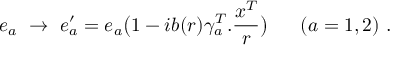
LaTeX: e _ { a } \ \rightarrow \ e _ { a } ^ { \prime } = e _ { a } \big ( 1 - i b ( r ) \gamma _ { a } ^ { T } . \frac { x ^ { T } } { r } \big ) \ \ \ \ \ ( a = 1 , 2 ) \ .